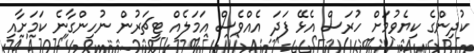
ކުދިންގެ ކިޔެވުމަށް ހުރަސް އެޅޭ ފަދަ އެއްވެސް އަމަލެއް ޓީޗަރުން ނުހިންގާނެ ކަމަށާއި